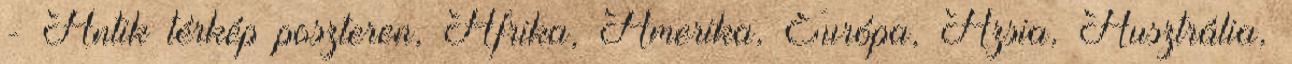
- Antik térkép poszteren, Afrika, Amerika, Európa, Ázsia, Ausztrália,